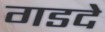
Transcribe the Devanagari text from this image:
गडदे